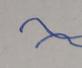
Signature authenticity: forged